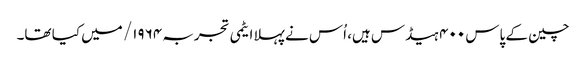
چین کے پاس ۴۰۰ ہیڈس ہیں، اُس نے پہلا ایٹمی تجربہ ۱۹۶۴/ میں کیا تھا۔